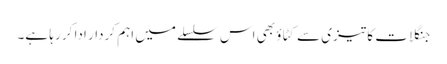
جنگلات کا تیزی سے کٹاؤ بھی اس سلسلے میں اہم کردار ادا کر رہا ہے۔